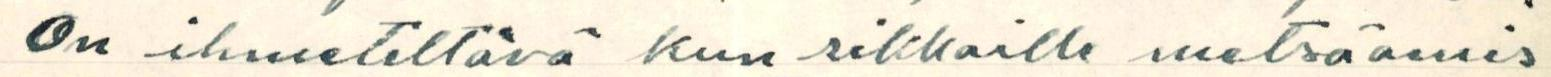
On ihmeteltävä kun rikkaille metsäomis